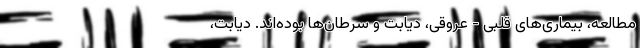
مطالعه، بیماری‌های قلبی - عروقی، دیابت و سرطان‌ها بوده‌اند. دیابت،